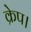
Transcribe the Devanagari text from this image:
क्रेप।